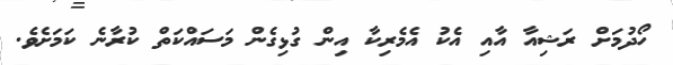
ހޯދުމަށް ރަޝިއާ އާއި އެކު އެމެރިކާ އިން ގުޅިގެން މަސައްކަތް ކުރާނެ ކަމަށެވެ.